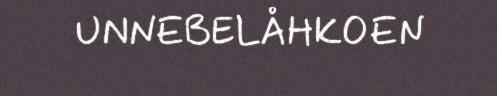
UNNEBELÅHKOEN